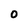
Character: O